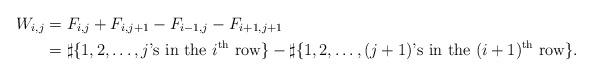
LaTeX: \begin{align*}W_{i,j}&=F_{i,j}+F_{i,j+1}-F_{i-1,j}-F_{i+1,j+1}\\&=\sharp \{1,2,\dots,j\mbox{'s in the } i^{\mathrm{th}} \mbox{ row}\}-\sharp\{1,2,\dots,(j+1)\mbox{'s in the } (i+1)^{\mathrm{th}} \mbox{ row}\}.\end{align*}